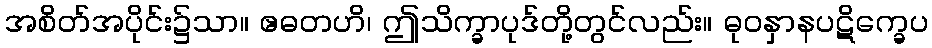
အစိတ်အပိုင်း၌သာ။ ဧဓတဟိ၊ ဤသိက္ခာပုဒ်တို့တွင်လည်း။ ဓုဝနှာနပဋိက္ခေပ